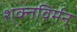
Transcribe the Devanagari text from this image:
शक्तविर्मन्